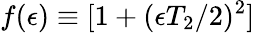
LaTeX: f(\epsilon)\equiv[1+(\epsilon T_{2}/2)^{2}]